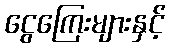
ငွေကြေးများနှင့်